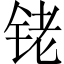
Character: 铑